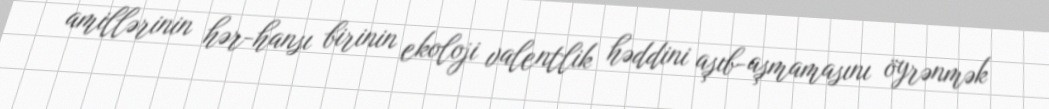
amillərinin hər-hansı birinin ekoloji valentlik həddini aşıb-aşmamasını öyrənmək